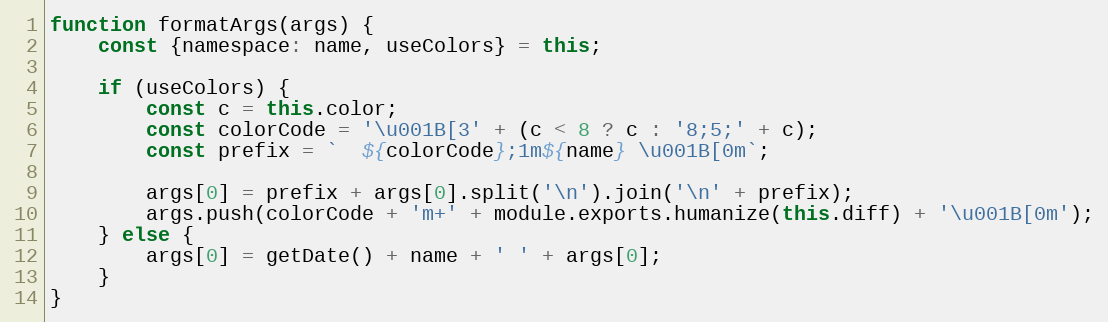
Language: JavaScript
function formatArgs(args) {
	const {namespace: name, useColors} = this;

	if (useColors) {
		const c = this.color;
		const colorCode = '\u001B[3' + (c < 8 ? c : '8;5;' + c);
		const prefix = `  ${colorCode};1m${name} \u001B[0m`;

		args[0] = prefix + args[0].split('\n').join('\n' + prefix);
		args.push(colorCode + 'm+' + module.exports.humanize(this.diff) + '\u001B[0m');
	} else {
		args[0] = getDate() + name + ' ' + args[0];
	}
}